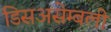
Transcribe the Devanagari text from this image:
डिसअसेम्बली